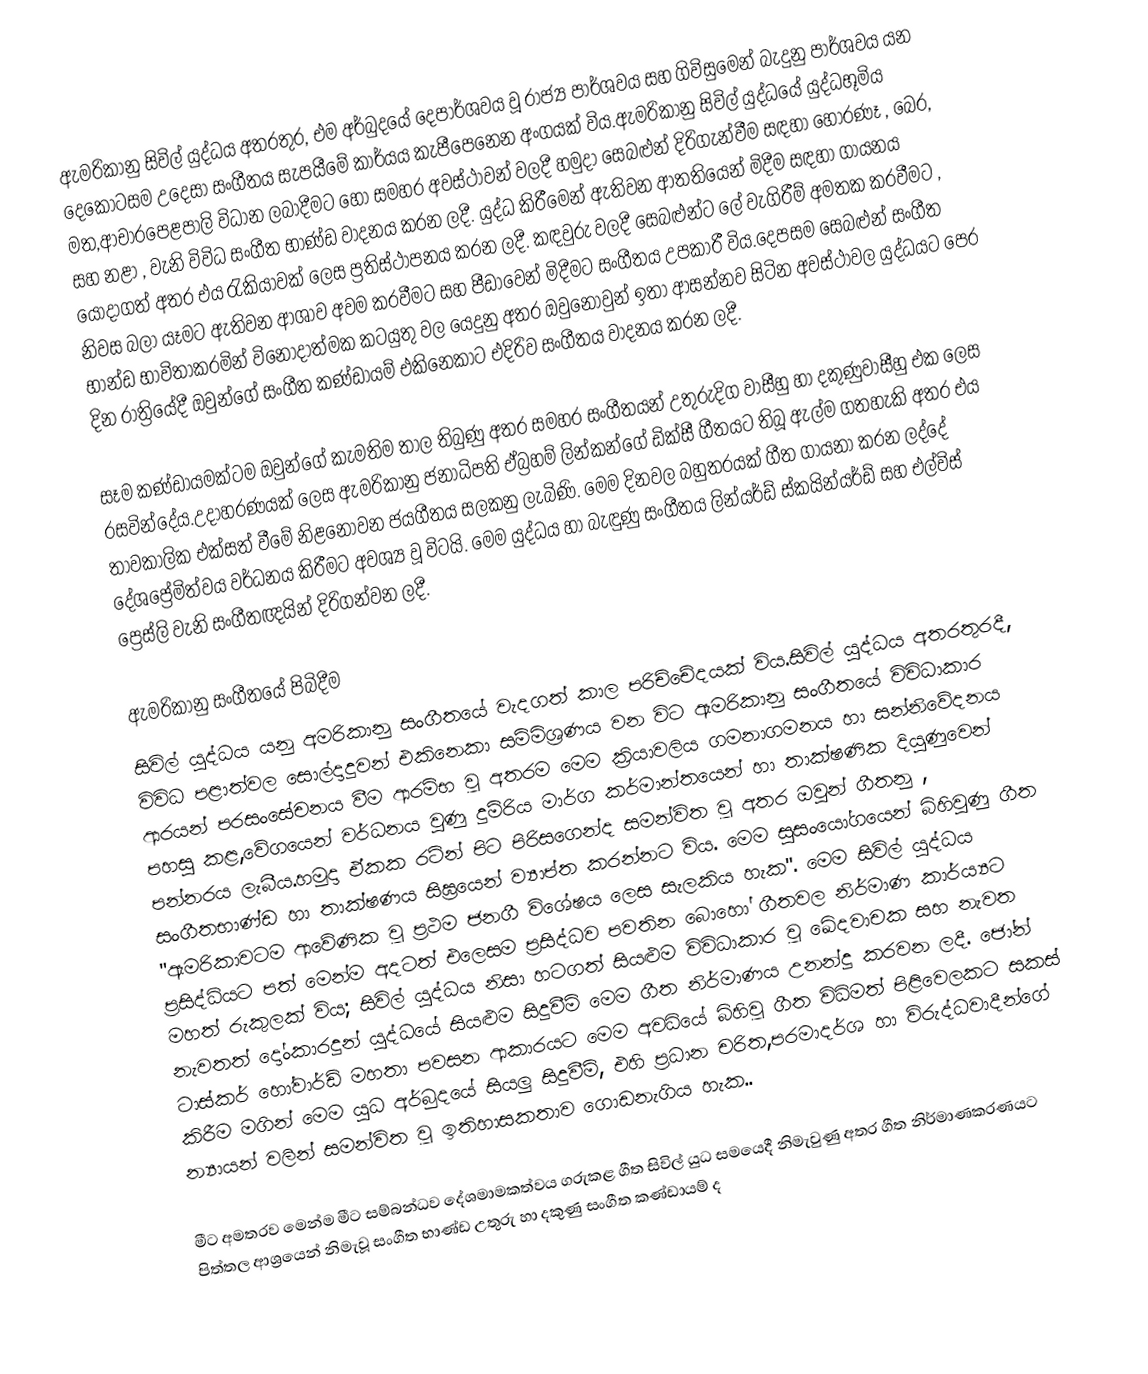
ඇමරිකානු සිවිල් යුද්ධය අතරතුර, එම අර්බුදයේ දෙපාර්ශවය වූ රාජ්‍ය පාර්ශවය සහ ගිවිසුමෙන් බැදුනු පාර්ශවය යන දෙකොටසම උදෙසා සංගීතය සැපයීමේ කාර්යය කැපීපෙනෙන අංගයක් විය.ඇමරිකානු සිවිල් යුද්ධයේ යුද්ධභූමිය මත,ආචාරපෙළපාලි විධාන ලබාදීමට හෝ සමහර අවස්ථාවන් වලදී හමුදා සෙබළුන් දිරිගැන්වීම සඳහා හොරණෑ , බෙර, සහ නළා , වැනි විවිධ සංගීත භාණ්ඩ වාදනය කරන ලදී. යුද්ධ කිරීමෙන් ඇතිවන ආතතියෙන් මිදීම සඳහා ගායනය යොදාගත් අතර එය රැකියාවක් ලෙස ප්‍රතිස්ථාපනය කරන ලදී. කඳවුරු වලදී සෙබළුන්ට ලේ වැගිරීම් අමතක කරවීමට , නිවස බලා යෑමට ඇතිවන ආශාව අවම කරවීමට සහ පීඩාවෙන් මිදීමට සංගීතය උපකාරී විය.දෙපසම සෙබළුන් සංගීත භාන්ඩ භාවිතාකරමින් විනෝදාත්මක කටයුතු වල යෙදුනු අතර ඔවුනොවුන් ඉතා ආසන්නව සිටින අවස්ථාවල යුද්ධයට පෙර දින රාත්‍රියේදී ඔවුන්ගේ සංගීත කණ්ඩායම් එකිනෙකාට එදිරිව සංගීතය වාදනය කරන ලදී.

සෑම කණ්ඩායමක්ටම ඔවුන්ගේ කැමතිම තාල තිබුණු අතර  සමහර සංගීතයන් උතුරුදිග වාසීහු හා  දකුණුවාසීහු එක ලෙස රසවින්දේය.උදාහරණයක් ලෙස ඇමරිකානු ජනාධිපති ඒබ්‍රහම් ලින්කන්ගේ ඩික්සී ගීතයට තිබූ ඇල්ම ගතහැකි අතර එය  තාවකාලික එක්සත් වීමේ නිළනොවන ජයගීතය සලකනු ලැබිණි. මෙම දිනවල බහුතරයක් ගීත ගායනා කරන ලද්දේ දේශප්‍රේමිත්වය වර්ධනය කිරීමට අවශ්‍ය වූ විටයි. මෙම යුද්ධය හා බැඳුණු සංගීතය ලින්යර්ඩ් ස්කයින්යර්ඩ් සහ එල්විස් ප්‍රෙස්ලි වැනි සංගීතඥයින් දිරිගන්වන ලදී.

ඇමරිකානු සංගීතයේ පිබිදීම
සිවිල් යුද්ධය යනු අමරිකානු සංගීතයේ වැදගත් කාල පරිච්චේදයක් විය.සිවිල් යුද්ධය අතරතුරදී, විවිධ පළාත්වල සොල්දාදුවන් එකිනෙකා සම්මිශ්‍රණය වන විට ඇමරිකානු සංගීතයේ විවිධාකාර ආරයන් පරසංසේචනය වීම ආරම්භ වූ අතරම මෙම ක්‍රියාවලිය  ගමනාගමනය හා සන්නිවේදනය පහසු කළ,වේගයෙන් වර්ධනය වුණු දුම්රිය මාර්ග කර්මාන්තයෙන් හා තාක්ෂණික දියුණුවෙන් පන්නරය ලැබීය.හමුදා ඒකක රටින් පිට පිරිසගෙන්ද සමන්විත වූ අතර ඔවුන් ගීතනු , සංගීතභාණ්ඩ හා තාක්ෂණය සිඝ්‍රයෙන් ව්‍යාප්ත කරන්නට විය.  මෙම සුසංයෝගයෙන් බිහිවුණු ගීත "ඇමරිකාවටම ආවේණික වූ ප්‍රථම ජනගී විශේෂය ලෙස සැලකිය හැක".  මෙම සිවිල් යුද්ධය ප්‍රසිද්ධියට පත් මෙන්ම අදටත් එලෙසම ප්‍රසිද්ධව පවතින බොහෝ ගීතවල නිර්මාණ කාර්ය්‍යට මහත් රුකුලක් විය; සිවිල් යුද්ධය නිසා හටගත් සියළුම විවිධාකාර වූ ඛේදවාචක සහ නැවත නැවතත් දෝංකාරදුන් යුද්ධයේ සියළුම සිදුවීම් මෙම ගීත නිර්මාණය උනන්දු කරවන ලදී.  ජෝන් ටාස්කර් හෝවාර්ඩ් මහතා පවසන ආකාරයට මෙම අවධියේ බිහිවූ ගීත විධිමත් පිළිවෙලකට සකස් කිරීම මගින් මෙම යුධ අර්බුදයේ සියලු සිදුවීම්, එහි ප්‍රධාන චරිත,පරමාදර්ශ හා විරුද්ධවාදීන්ගේ න්‍යායන් වලින් සමන්විත වූ ඉතිහාසකතාව ගොඩනැගිය හැක..

මීට අමතරව මෙන්ම මීට සම්බන්ධව දේශමාමකත්වය ගරුකළ ගීත සිවිල් යුධ සමයෙදී නිමැවුණු අතර ගීත නිර්මාණකරණයට පිත්තල ආශ්‍රයෙන් නිමැවූ සංගීත භාණ්ඩ උතුරු හා දකුණු සංගීත කණ්ඩායම් ද